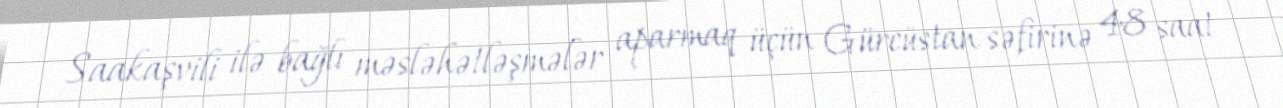
Saakaşvili ilə bağlı məsləhətləşmələr aparmaq üçün Gürcüstan səfirinə 48 saat